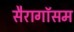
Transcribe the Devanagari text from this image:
सैरागॉसम